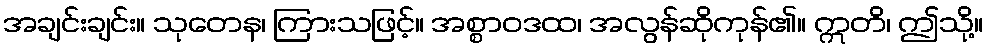
အချင်းချင်း။ သုတေန၊ ကြားသဖြင့်။ အစ္စာဝဒထ၊ အလွန်ဆိုကုန်၏။ ဣတိ၊ ဤသို့။